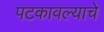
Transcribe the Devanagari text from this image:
पटकावल्याचे